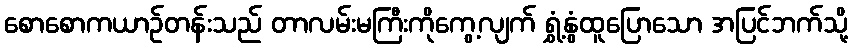
စောစောကယာဉ်တန်းသည် တာလမ်းမကြီးကိုကွေ့လျက် ရွှံ့နွံထူပြောသော အပြင်ဘက်သို့